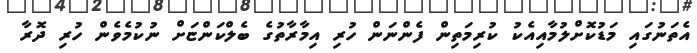
އެތަނުގައި މަޑުކޮށްލުމާއިއެކު ކުރިމަތިން ފެންނަން ހުރި އިމާރާތުގެ ބެލްކަންޏަށް ނުކުމެވެން ހުރި ދޮރާ